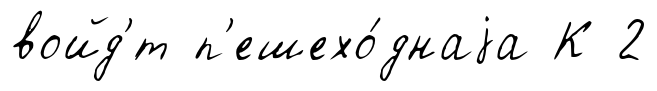
войд'́т п'ешехо́днаjа К 2